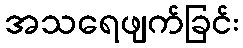
အသရေဖျက်ခြင်း